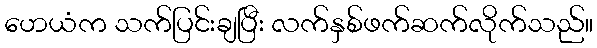
ဟေယံက သက်ပြင်းချပြီး လက်နှစ်ဖက်ဆက်လိုက်သည်။